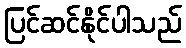
ပြင်ဆင်နိုင်ပါသည်